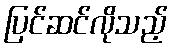
ပြင်ဆင်လိုသည့်